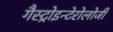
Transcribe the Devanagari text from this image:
गैस्ट्रोइन्टेरोलोजी